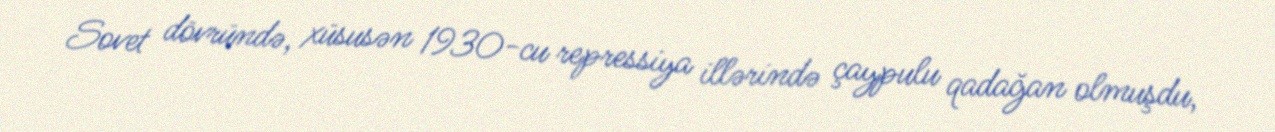
Sovet dövründə, xüsusən 1930-cu repressiya illərində çaypulu qadağan olmuşdu,